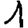
Digit: 1